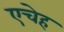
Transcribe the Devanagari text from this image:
एचेह